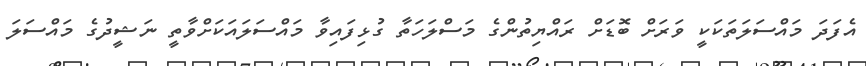
އެފަދަ މައްސަލަތަކަކީ ވަރަށް ބޮޑަށް ރައްޔިތުންގެ މަސްލަހަތާ ގުޅިފައިވާ މައްސަލައަކަށްވާތީ ނަޝީދުގެ މައްސަލަ